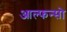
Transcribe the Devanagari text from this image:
आल्फन्सो